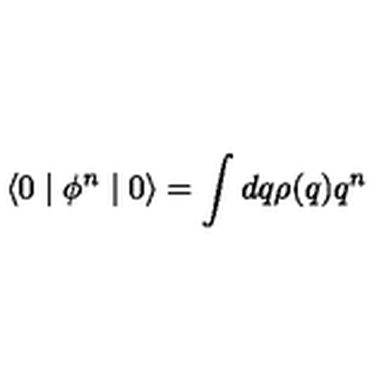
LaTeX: \langle 0 \mid \phi ^ { n } \mid 0 \rangle = \int d q \rho ( q ) q ^ { n }